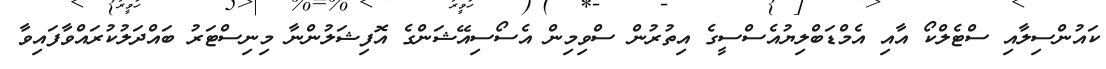
ކައުންސިލާއި ސްޓެލްކޯ އާއި އެމްޑަބްލިޔުއެސްސީގެ އިތުރުން ސްވިމިން އެސޯސިއޭޝަންގެ އޮފިޝަލުންނާ މިނިސްޓަރު ބައްދަލުކުރައްވާފައިވާ